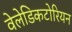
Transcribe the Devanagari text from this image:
वेलेडिकटोरियन